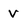
Character: v